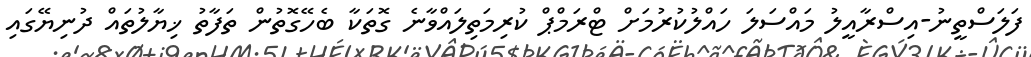
ފަލަސްތީނު-އިސްރާއީލު މައްސަލަ ހައްލުކުރުމަށް ޓްރަމްޕް ކުރިމަތިލައްވާނެ ގޮތަކާ ބެހޭގޮތުން ތަފާތު ޚިޔާލުތައް ދުނިޔޭގައި